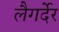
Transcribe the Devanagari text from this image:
लैगर्देर